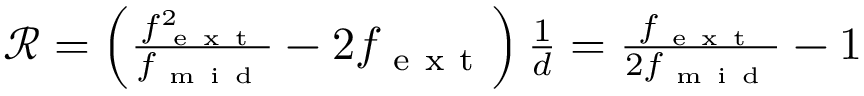
\begin{array} { r } { \mathcal { R } = \left( \frac { f _ { \mathrm { ~ e ~ x ~ t ~ } } ^ { 2 } } { f _ { \mathrm { ~ m ~ i ~ d ~ } } } - 2 f _ { \mathrm { ~ e ~ x ~ t ~ } } \right) \frac { 1 } { d } = \frac { f _ { \mathrm { ~ e ~ x ~ t ~ } } } { 2 f _ { \mathrm { ~ m ~ i ~ d ~ } } } - 1 } \end{array}